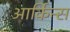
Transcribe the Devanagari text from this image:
आर्किन्स